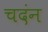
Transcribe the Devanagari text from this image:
चदंन